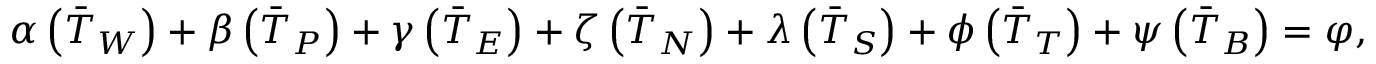
\begin{array} { r } { \boldsymbol { \alpha } \left( \Bar { T } _ { W } \right) + \boldsymbol { \beta } \left( \Bar { T } _ { P } \right) + \boldsymbol { \gamma } \left( \Bar { T } _ { E } \right) + \boldsymbol { \zeta } \left( \Bar { T } _ { N } \right) + \boldsymbol { \lambda } \left( \Bar { T } _ { S } \right) + \boldsymbol { \phi } \left( \Bar { T } _ { T } \right) + \boldsymbol { \psi } \left( \Bar { T } _ { B } \right) = \boldsymbol { \varphi } , } \end{array}